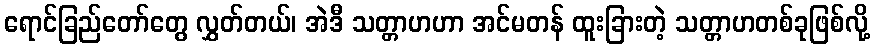
ရောင်ခြည်တော်တွေ လွှတ်တယ်၊ အဲဒီ သတ္တာဟဟာ အင်မတန် ထူးခြားတဲ့ သတ္တာဟတစ်ခုဖြစ်လို့